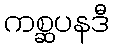
ကစ္ဆပနဒီ